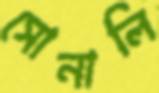
সোনালি